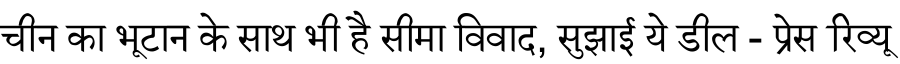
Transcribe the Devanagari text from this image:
चीन का भूटान के साथ भी है सीमा विवाद, सुझाई ये डील - प्रेस रिव्यू